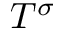
T ^ { \sigma }